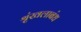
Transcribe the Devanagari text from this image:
श्रृंखलाबंध